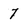
Character: 7